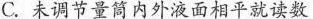
C.未调节量筒内外液面相平就读数